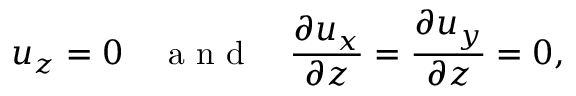
u _ { z } = 0 \quad \mathrm { ~ a ~ n ~ d ~ } \quad \frac { \partial u _ { x } } { \partial z } = \frac { \partial u _ { y } } { \partial z } = 0 ,